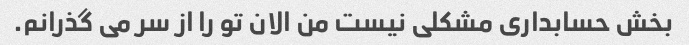
بخش حسابداری مشکلی نیست من الان تو را از سر می گذرانم.